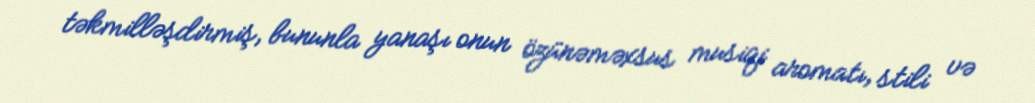
təkmilləşdirmiş, bununla yanaşı onun özünəməxsus musiqi aromatı, stili və